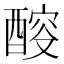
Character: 䤇